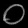
Digit: ၀